Lunatic asylums Bombay report 1878-1890 - 1878-1890
Year: 1878
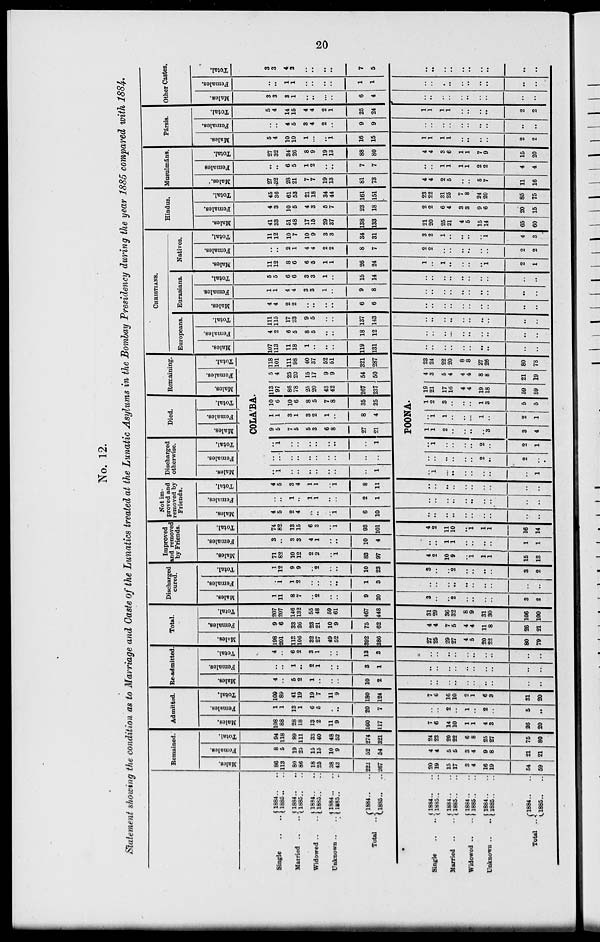
20
No. 12.
Statement allowing the condition as to Marriage and Caste of the Lunatics treated at the Lunatic Asylums in the Bombay Presidency during the year 1885 compared with 1884.
Single .. ..
Married .. ..
Widowed .. ..
Unknown .. ..
Total .. ..
Single .. ..
Married .. ..
Widowed
..
..
Unknown .. ..
Total .. ..
1884 .. ..
1885 .. ..
1884 .. ..
1885 .. ..
1834 .. ..
1885 .. ..
1884 .. ..
1885 .. ..
1884 .. ..
1885 .. ..
1884 .. ..
1885 .. ..
1884 .. ..
1885 .. ..
1884 .. ..
1885 .. ..
1884 .. ..
1885 .. ..
1884 .. ..
1885 .. ..
Remained.
Males.
86
113
80
86
18
25
38
43
222
267
20
19
15
17
3
4
16
19
54
59
Females.
8
5
19
25
15
15
10
9
52
54
4
4
5
5
3
4
9
8
21
21
Total.
94
118
99
111
33
40
48
52
274
321
24
23
20
22
6
8
25
27
75
80
Admitted.
Males.
108
88
28
18
13
2
11
9
160
117
7
6
14
10
1
1
4
3
26
20
Females.
1
1
13
1
6
5
..
..
20
7
..
..
2
..
1
..
2
..
5
..
Total.
109
89
41
19
19
7
11
9
180
124
7
6
16
10
2
1
6
3
31
..
Re-admitted.
Males.
4
..
5
2
1
..
..
..
10
2
..
..
..
..
..
..
..
..
..
..
Females.
..
..
1
..
2
1
..
..
3
1
..
..
..
..
..
..
..
..
..
..
Total.
4
..
6
2
3
1
..
..
13
3
..
..
..
..
..
..
..
..
..
..
Total.
Males.
198
201
113
106
32
27
49
52
392
386
27
25
29
27
4
5
20
22
80
79
Females.
9
6
33
26
23
21
10
9
75
62
4
4
7
5
4
4
11
8
26
21
Total.
207
207
146
132
55
48
59
61
467
448
31
29
86
32
8
9
31
30
106
100
Discharged
cured.
Males.
1
11
8
7
..
2
..
..
9
20
3
..
..
2
..
..
..
..
3
2
Females.
..
1
1
2
..
..
..
..
1
3
..
..
..
..
..
..
..
..
..
..
Total.
1
12
9
9
..
2
..
..
10
23
3
..
..
2
..
..
..
..
3
2
Improved
and removed
by Friends.
Males.
71
82
10
12
2
2
..
1
83
97
4
2
10
9
..
1
1
1
15
13
Females.
3
..
3
3
4
1
..
..
10
4
..
..
1
1
..
..
..
..
1
1
Total.
74
82
13
15
6
3
..
1
93
101
4
2
11
10
..
1
1
1
16
14
Not im-
proved and
removed by
Friends.
Males.
4
5
2
4
..
..
..
1
6
10
..
..
..
..
..
..
..
..
..
..
Females.
..
..
1
..
1
1
..
..
2
1
..
..
..
..
..
..
..
..
..
..
Total.
4
5
3
4
1
1
..
1
8
11
..
..
..
..
..
..
..
..
..
..
Discharged
otherwise.
Males.
Females.
Total.
Died.
Males.
Females.
Total.
Remaining.
Males.
Females.
Total.
COLÁBA.
..
1
..
..
..
..
..
..
..
1
..
...
..
..
..
..
..
..
..
..
..
1
..
..
..
..
..
..
..
1
9
5
7
5
5
3
6
8
27
91
1
1
3
1
3
2
1
..
8
4
10
6
10
6
8
5
7
8
35
25
113
97
86
78
25
20
43
42
267
237
5
4
25
20
15
17
9
9
54
50
118
101
111
98
40
37
52
51
321
287
POONA.
..
1
..
..
..
..
..
..
..
1
..
..
..
..
..
..
2
..
2
..
..
1
..
..
..
..
2
..
2
1
1
1
2
..
..
..
..
3
3
4
..
1
1
..
..
..
1
..
2
..
1
2
3
..
..
..
1
3
5
..
19
21
17
16
4
4
19
18
59
59
4
3
5
4
4
4
8
8
21
19
23
24
22
20
8 8
27
26
80
78
CHRISTIANS.
Europeans.
Males.
107
113
11
18
1
..
..
..
119
131
..
..
..
..
..
..
..
..
..
..
Females.
4
2
6
5
8
5
..
..
18
12
..
..
..
..
..
..
..
..
..
..
Total.
111
115
17
23
9
5
..
..
137
143
..
..
..
..
..
..
..
..
..
..
Eurasians.
Males.
4
4
2
2
..
..
..
..
6
6
..
..
..
..
..
..
..
..
..
..
Females.
1
1
4
4
3
3
1
..
9
8
..
..
..
..
..
..
..
..
..
..
Total.
5
5
6
6
3
3
1
..
15
14
..
..
..
..
..
..
..
..
..
..
Natives.
Males.
11
12
8
6
6
5
1
1
26
24
1
..
1
..
..
..
..
1
2
1
Females.
..
..
2
1
4
4
2
2
8
7
2
2
..
..
..
..
..
..
2
2
Total.
11
12
10
7
10
9
3
3
34
31
3
2
1
..
..
..
..
1
4
3
Hindus.
Males.
41
33
51
48
17
15
29
37
138
133
21
20
25
21
4
5
15
14
65
60
Females.
4
3
10
5
4
3
5
7
23
18
2
2
6
4
3
3
9
6
20
15
Total.
45
36
61
53
21
18
34
44
161
151
23
22
31
25
7
8
24
20
85
75
Musulmáns.
Males.
27
32
28
21
7
7
19
13
81
73
4
4
2
5
..
..
5
7
11
16
Females
..
..
6
5
1
2
..
..
7
7
..
..
1
1
1
1
2
2
4
4
Total.
27
32
34
26
8
9
19
13
88
80
4
4
3
6
1
1
7
9
15
20
Pársis.
Males.
5
4
10
10
1
...
..
1
16
15
1
1
1
1
..
..
..
..
2
2
Females.
..
..
4
5
3
4
2
..
9
9
..
..
..
..
..
..
..
..
..
..
Total.
5
4
14
15
4
4
2
1
25
24
1
1
1
1
..
..
..
..
2
2
Other Castes.
Males.
3
3
3
1
..
..
..
..
6
4
..
..
..
..
..
..
..
..
..
..
Females.
..
..
1
1
..
..
..
..
1
1
..
..
..
..
..
..
..
..
..
..
Total.
3
3
4
2
..
..
..
..
7
5
..
..
..
..
..
..
..
..
..
..